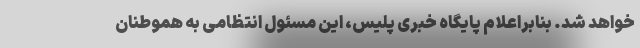
خواهد شد. بنابراعلام پایگاه خبری پلیس، این مسئول انتظامی به هموطنان